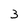
Character: 3